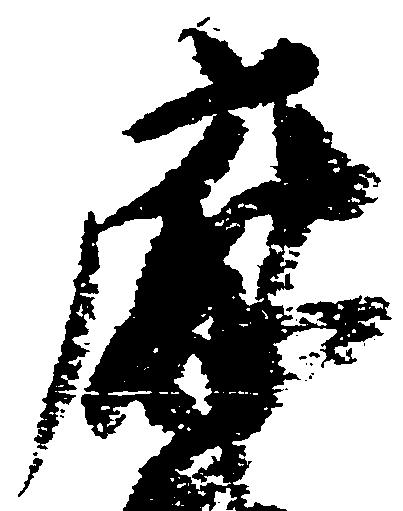
庁